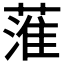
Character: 𦹏